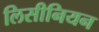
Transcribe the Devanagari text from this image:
लिसीनियन